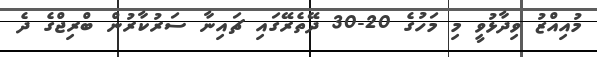
މުއިއްޒު ވިދާޅުވީ މި މަހުގެ 20-30 ދޭތެރޭގައި ޗައިނާ ސަރުކާރުން ބްރިޖްގެ ދެ